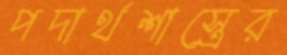
পদার্থশাস্ত্রের